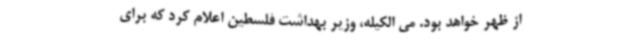
از ظهر خواهد بود. می الکیله، وزیر بهداشت فلسطین اعلام کرد که برای